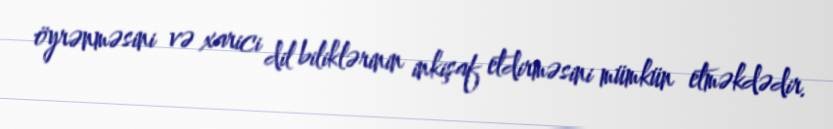
öyrənməsini və xarici dil biliklərinin inkişaf etdirməsini mümkün etməkdədir.